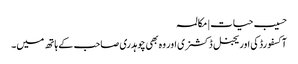
حسیب حیات | مکالمہ
آکسفورڈ کی اوریجنل ڈکشنری اور وہ بھی چوہدری صاحب کے ہاتھ میں۔